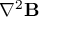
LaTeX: \nabla ^ { 2 } \mathbf { B }